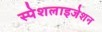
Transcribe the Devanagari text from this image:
स्पेशलाइजेशन